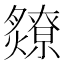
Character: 爒